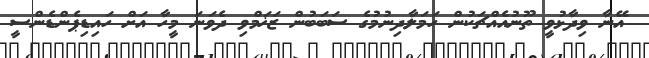
އޭނާ ވިދާޅުވީ ތޫނުއެއްޗަކުން ހަމަލާދިނުމުގެ ސަބަބުން ޒަޚަމްވި ދެވަނަ މީހާ އަށް ހައިޑިޕެންޑެންސީ